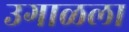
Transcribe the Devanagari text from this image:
उगाळला